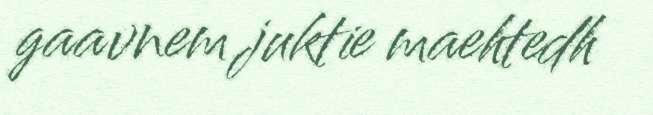
gaavnem juktie maehtedh